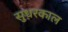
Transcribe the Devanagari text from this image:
सुधरकाल